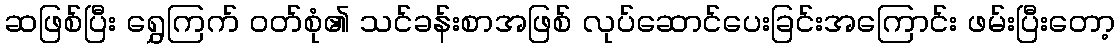
ဆဖြစ်ပြီး ရွှေကြက် ဝတ်စုံ၏ သင်ခန်းစာအဖြစ် လုပ်ဆောင်ပေးခြင်းအကြောင်း ဖမ်းပြီးတော့